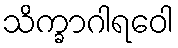
သိက္ခာဂါရဝေါ